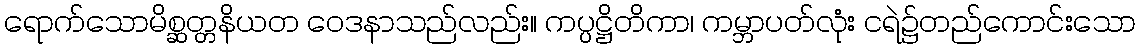
ရောက်သောမိစ္ဆတ္တနိယတ ဝေဒနာသည်လည်း။ ကပ္ပဋ္ဌိတိကာ၊ ကမ္ဘာပတ်လုံး ငရဲ၌တည်ကောင်းသော